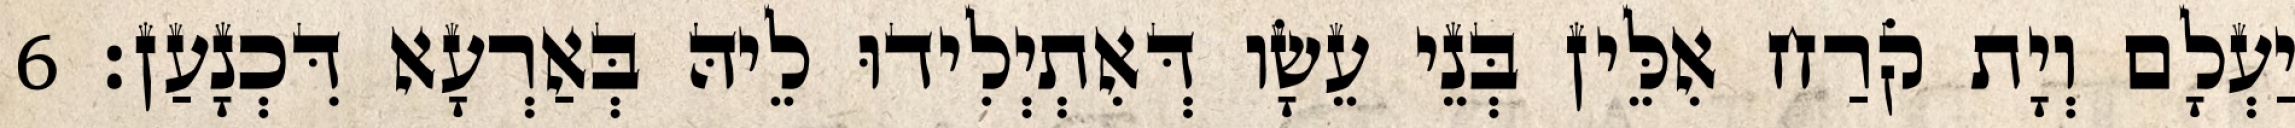
יַעְלָם וְיָת קֹרַח אִלֵּין בְּנֵי עֵשָׂו דְּאִתְיְלִידוּ לֵיהּ בְּאַרְעָא דִּכְנָעַן׃ 6